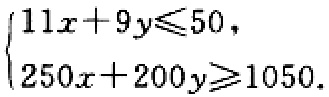
\[\begin{cases}

11x + 9y\leqslant50,\\

250x + 200y\geqslant1050.

\end{cases}\]